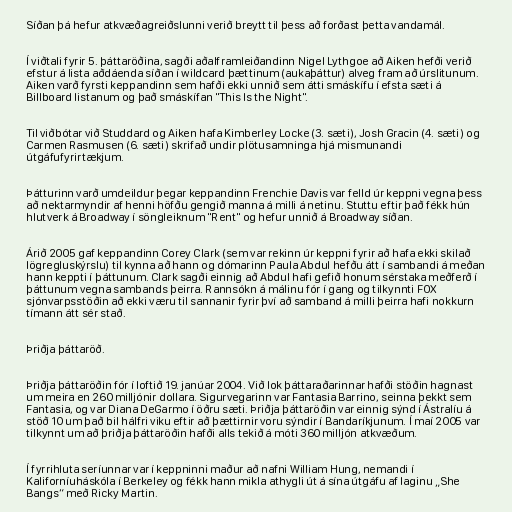
Síðan þá hefur atkvæðagreiðslunni verið breytt til þess að forðast þetta vandamál.

Í viðtali fyrir 5. þáttaröðina, sagði aðalframleiðandinn Nigel Lythgoe að Aiken hefði verið
efstur á lista aðdáenda síðan í wildcard þættinum (aukaþáttur) alveg fram að úrslitunum.
Aiken varð fyrsti keppandinn sem hafði ekki unnið sem átti smáskífu í efsta sæti á
Billboard listanum og það smáskífan "This Is the Night".

Til viðbótar við Studdard og Aiken hafa Kimberley Locke (3. sæti), Josh Gracin (4. sæti) og
Carmen Rasmusen (6. sæti) skrifað undir plötusamninga hjá mismunandi
útgáfufyrirtækjum.

Þátturinn varð umdeildur þegar keppandinn Frenchie Davis var felld úr keppni vegna þess
að nektarmyndir af henni höfðu gengið manna á milli á netinu. Stuttu eftir það fékk hún
hlutverk á Broadway í söngleiknum "Rent" og hefur unnið á Broadway síðan.

Árið 2005 gaf keppandinn Corey Clark (sem var rekinn úr keppni fyrir að hafa ekki skilað
lögregluskýrslu) til kynna að hann og dómarinn Paula Abdul hefðu átt í sambandi á meðan
hann keppti í þáttunum. Clark sagði einnig að Abdul hafi gefið honum sérstaka meðferð í
þáttunum vegna sambands þeirra. Rannsókn á málinu fór í gang og tilkynnti FOX
sjónvarpsstöðin að ekki væru til sannanir fyrir því að samband á milli þeirra hafi nokkurn
tímann átt sér stað.

Þriðja þáttaröð.

Þriðja þáttaröðin fór í loftið 19. janúar 2004. Við lok þáttaraðarinnar hafði stöðin hagnast
um meira en 260 milljónir dollara. Sigurvegarinn var Fantasia Barrino, seinna þekkt sem
Fantasia, og var Diana DeGarmo í öðru sæti. Þriðja þáttaröðin var einnig sýnd í Ástralíu á
stöð 10 um það bil hálfri viku eftir að þættirnir voru sýndir í Bandaríkjunum. Í maí 2005 var
tilkynnt um að þriðja þáttaröðin hafði alls tekið á móti 360 milljón atkvæðum.

Í fyrrihluta seríunnar var í keppninni maður að nafni William Hung, nemandi í
Kaliforníuháskóla í Berkeley og fékk hann mikla athygli út á sína útgáfu af laginu „She
Bangs“ með Ricky Martin.